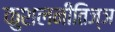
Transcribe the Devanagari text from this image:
कुशलनीतिज्ञ